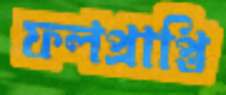
ফলপ্রাপ্তি